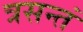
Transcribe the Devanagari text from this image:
त्रसन्तं